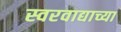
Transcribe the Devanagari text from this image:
स्वरवाद्याच्या